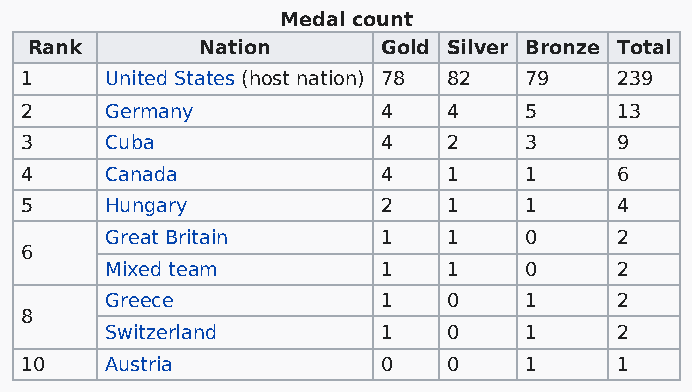
Medal count
 Rank       Nation      Gold Silver Bronze Total
 1     United States (host nation) 78 82 79 239
 2     Germany           4    4    5     13
 3     Cuba              4    2    3     9
 4     Canada            4    1    1     6
 5     Hungary           2    1    1     4
 Great Britain     1    1    0     2
 6
 Mixed team        1    1    0     2
 Greece            1    0    1     2
 8
 Switzerland       1    0    1     2
 10    Austria           0    0    1     1